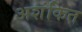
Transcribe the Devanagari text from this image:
अशंकित